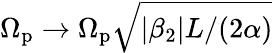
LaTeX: \Omega_{\mathrm{p}}\rightarrow\Omega_{\mathrm{p}}\sqrt{|\beta_{2}|L/(2\alpha)}